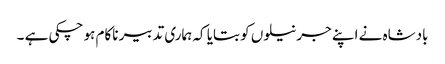
بادشاہ نے اپنے جرنیلوں کو بتایا کہ ہماری تدبیر ناکام ہو چکی ہے ۔